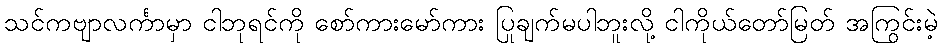
သင်ကဗျာလင်္ကာမှာ ငါဘုရင်ကို စော်ကားမော်ကား ပြုချက်မပါဘူးလို့ ငါကိုယ်တော်မြတ် အကြွင်းမဲ့